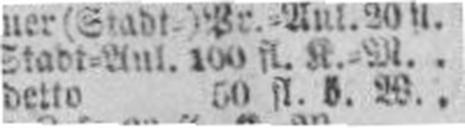
detto 50 fl. ö. W.